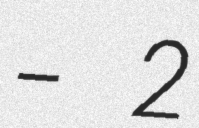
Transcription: – 2